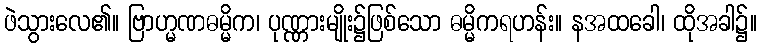
ဖဲသွားလေ၏။ ဗြာဟ္မဏဓမ္မိက၊ ပုဏ္ဏားမျိုး၌ဖြစ်သော ဓမ္မိကရဟန်း။ နအထခေါ၊ ထိုအခါ၌။